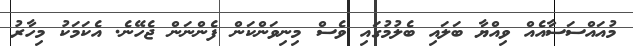
މުއައްސަސާއެއް ވިއްޔާ ބަލައި ބެލުމުގައި ވެސް މިނިވަންކަން ފެންނަން ޖެހޭނެ. އެކަމަކު މިހާރު